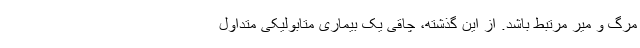
مرگ و میر مرتبط باشد. از این گذشته، چاقی یک بیماری متابولیکی متداول